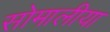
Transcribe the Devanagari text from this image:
सोमालीया